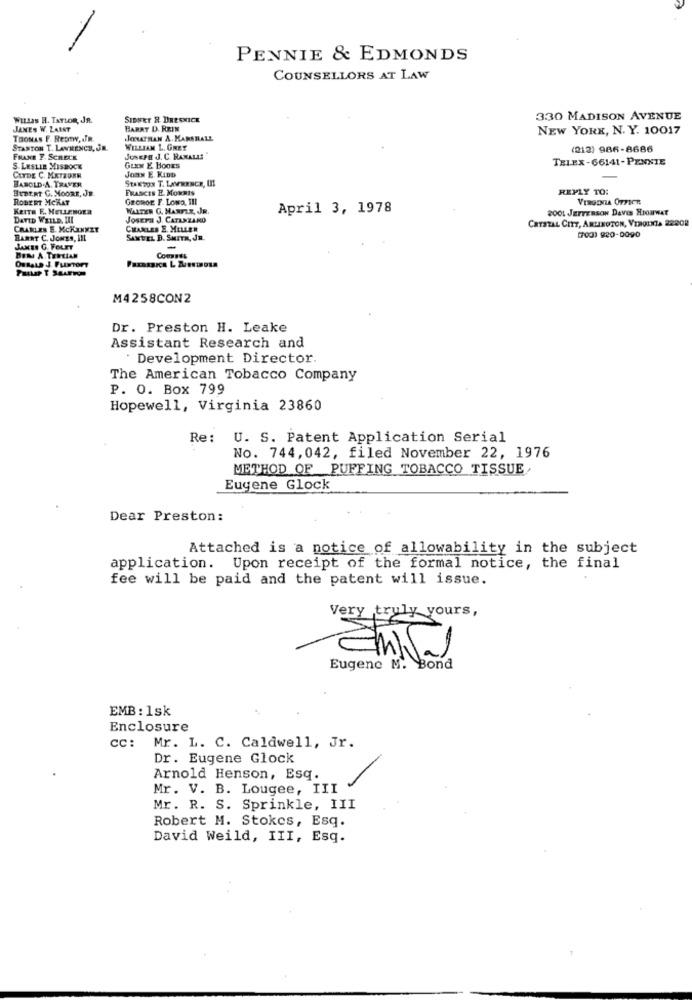
PENNIE & EDMONDS
COUNSELLORS AT LAW
WELLas H. TsTion, JR.
SIDNEY R. DRESMICK
330 MADISON AVENUE
JANES W. LAIST
HARRY D. REIN
NEW YORK, N. Y. 10017
THOMAS F. Reswww, JR.
JONATHAN A. MARSHALL
STANTON T. LAWRENCE, JR.
WILLIAM L. GREY
(212) 986-8686
FRANE F. SCHECK
JUSEPE J. C. RANALI! "
TELEX-66141-PENNIE
S. LESLIE MISBOCK
GLEN E. BOOKS
CLYDE C. METROEN
Joan E. KIDD
Stanton T. LaveRENCE, III
HAROLD.A. TRAVER
BUDE.RT G. MOORE, JR
FRANCES E. MORRIS
REPLY TO:
ROBERT MCKAT
GEORGE F. LONS, III
VIRGINIA OFFICE
KEITH F. MELLENOER
WALTER G. MARTZE, JR.
April 3, 1978
20OL JETTERSON DaVes HIGHMAT
DAVID WEILD. III
JOSEFE J. CATANZARO
CRYSTAL CITT, ARLINGTON, VIRGINIA 22208
CRARLES E. MCKINNEY
CHARLES E. MILLER
BAmar C. JONES, III
SAMUEL B. SMITH, JR.
(700) 920-0090
JAMES G. FOLET
Comines
OusaLa J. Fumore
M4258CON2
Dr. Preston H. Leake
Assistant Research and
Development Director.
The American Tobacco Company
P. O. Box 799
Hopewell, Virginia 23860
Re:
U. S. Patent Application Serial
No. 744,042, filed November 22, 1976
METHOD OF PUFFING TOBACCO TISSUE
Eugene Glock
Dear Preston:
Attached is a notice of allowability in the subject
application. Upon receipt of the formal notice, the final
fee will be paid and the patent will issue.
Very truly yours,
Eugene M. Bond
EMB : 1sk
Enclosure
cc: Mr. L. C. Caldwell, Jr.
Dr. Eugene Glock
Arnold Henson, Esq.
Mr. V. B. Lougee, III
Mr. R. S. Sprinkle, III
Robert M. Stokes, Esq.
David Weild, III, Esq.